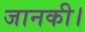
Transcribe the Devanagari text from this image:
जानकी।